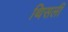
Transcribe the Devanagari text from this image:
थिसली